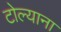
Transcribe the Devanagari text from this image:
टोल्याना